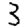
Digit: 3